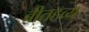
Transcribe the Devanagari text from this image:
बीतहव्य